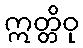
ဣတ္တိဝု